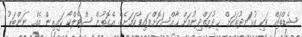
ޝެޑްތައް ވަކި އުޅަނދުތަކަށް ޚިދުމަތްދިނުމަށް ޚާއްސަކޮށްފައިވާކަމަށެވެ. އެގޮތުން ސްޓެލްކޯ ކައިރިން އެއް ނަންބަރު